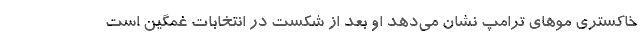
خاکستری موهای ترامپ نشان می‌دهد او بعد از شکست در انتخابات غمگین است